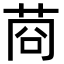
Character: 𦯶